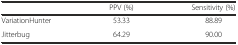
<table><thead><tr><td></td><td><b>PPV (%)</b></td><td><b>Sensitivity (%)</b></td></tr></thead><tbody><tr><td>VariationHunter</td><td>53.33</td><td>88.89</td></tr><tr><td>Jitterbug</td><td>64.29</td><td>90.00</td></tr></tbody></table>